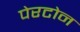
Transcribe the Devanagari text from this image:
पेरटोन